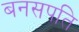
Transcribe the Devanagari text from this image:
बनसपति